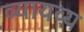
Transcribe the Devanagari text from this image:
व्यायव्य